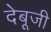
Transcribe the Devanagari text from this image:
देबूजी